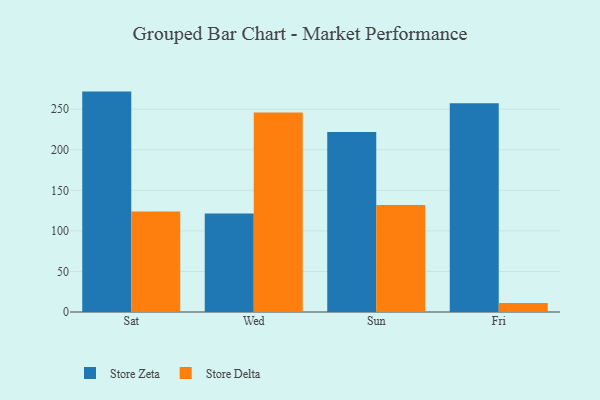
{"axis": {"x": "Day", "y": "Churn Rate (%)"}, "legend": ["Store Delta", "Store Zeta"], "data": [{"x": "Sat", "y": 271.7, "type": "Store Zeta"}, {"x": "Sat", "y": 124.0, "type": "Store Delta"}, {"x": "Wed", "y": 121.3, "type": "Store Zeta"}, {"x": "Wed", "y": 245.8, "type": "Store Delta"}, {"x": "Sun", "y": 222.0, "type": "Store Zeta"}, {"x": "Sun", "y": 131.9, "type": "Store Delta"}, {"x": "Fri", "y": 257.2, "type": "Store Zeta"}, {"x": "Fri", "y": 11.0, "type": "Store Delta"}]}